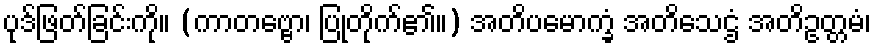
ပုဒ်ဖြတ်ခြင်းကို။ (ကာတဗ္ဗော၊ ပြုတိုက်၏။) အတိပမောက္ခံ အတိသေဌံ အတိဥတ္တမံ၊